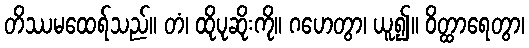
တိဿမထေရ်သည်။ တံ၊ ထိုပုဆိုးကို။ ဂဟေတွာ၊ ယူ၍။ ဝိတ္ထာရေတွာ၊